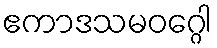
ဧကာဒသမဝဂ္ဂေါ